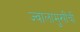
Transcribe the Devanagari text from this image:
ज्वालामुखींची